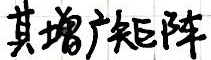
其增广矩阵